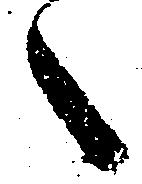
之